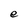
Character: e